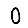
Digit: 0